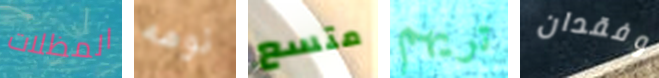
المظلات نومه متسع تريهم وفقدان